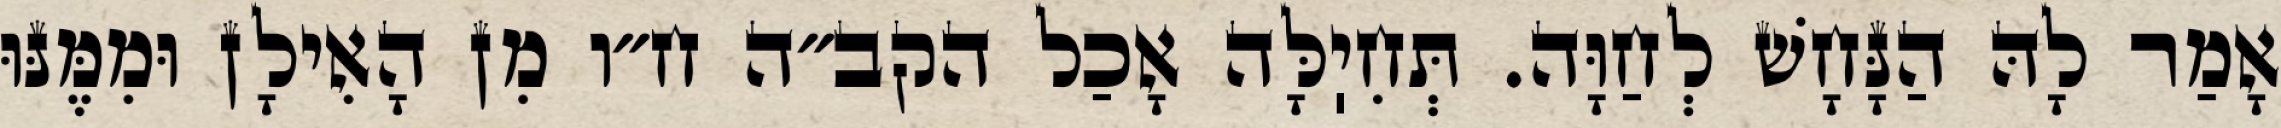
אָמַר לָהּ הַנָּחָשׁ לְחַוָּה. תְּחִיֽלָּה אָכַל הקב״ה ח״ו מִן הָאִילָן וּמִמֶּנּוּ